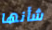
شأنها